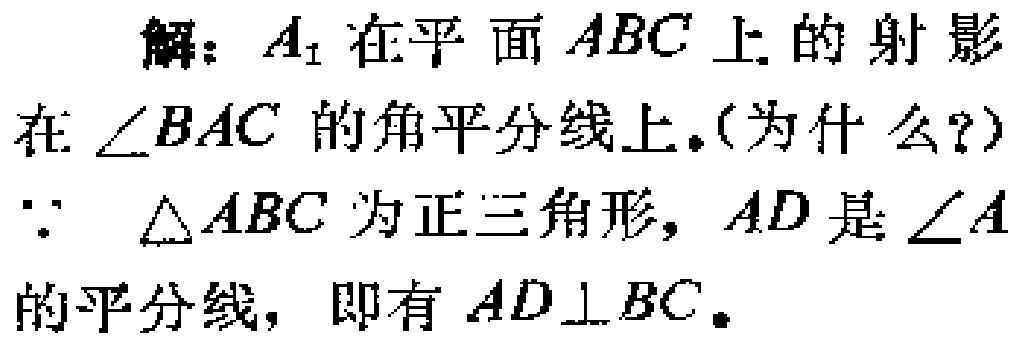
解：\(A_{1}\)在平面\(ABC\)上的射影
在\(\angle BAC\)的角平分线上。（为什么？）
\(\because\) \(\triangle ABC\)为正三角形，\(AD\)是\(\angle A\)
的平分线，即有\(AD\perp BC\)。